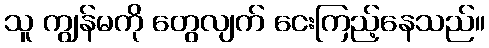
သူ ကျွန်မကို တွေလျက် ငေးကြည့်နေသည်။